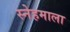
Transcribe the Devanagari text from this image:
स्नेहमाला